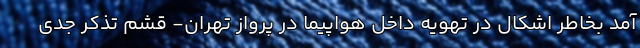
آمد بخاطر اشکال در تهویه داخل هواپیما در پرواز تهران- قشم تذکر جدی